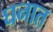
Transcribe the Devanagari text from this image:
घनात